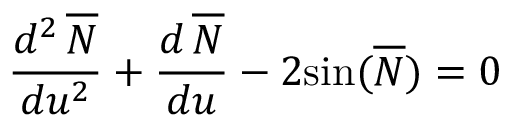
\frac { d ^ { 2 } \, \overline { { { \cal { N } } } } } { d u ^ { 2 } } + \frac { d \, \overline { { { \cal { N } } } } } { d u } - 2 { \sin } ( \overline { { { \cal { N } } } } ) = 0